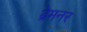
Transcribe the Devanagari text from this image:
ब्रेमनर